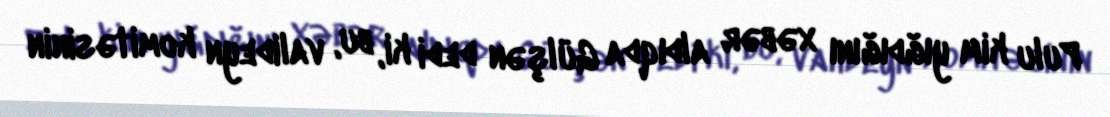
Pulu kim yığdığını xəbər aldıqda Gülşən dedi ki, bu, valideyn komitəsinin